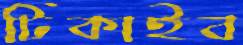
টিকাইব